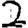
Digit: 2